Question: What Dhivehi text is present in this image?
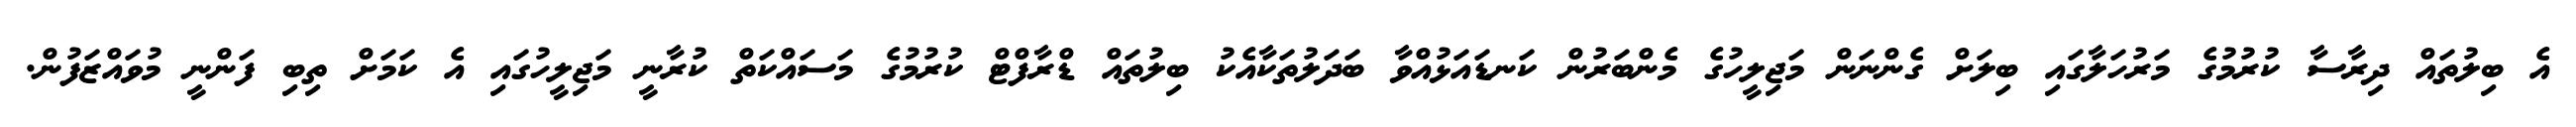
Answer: އެ ބިލުތައް ދިރާސާ ކުރުމުގެ މަރުހަލާގައި ބިލަށް ގެންނަން މަޖިލީހުގެ މެންބަރުން ކަނޑައަޅުއްވާ ބަދަލުތަކާއެކު ބިލުތައް ޑްރާފްޓް ކުރުމުގެ މަސައްކަތް ކުރާނީ މަޖިލީހުގައި އެ ކަމަށް ތިބި ފަންނީ މުވައްޒަފުން.